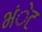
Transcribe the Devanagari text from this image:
भंेट